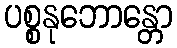
ပစ္စနုဘောန္တော